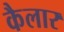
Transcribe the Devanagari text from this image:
कैलार